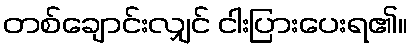
တစ်ချောင်းလျှင် ငါးပြားပေးရ၏။